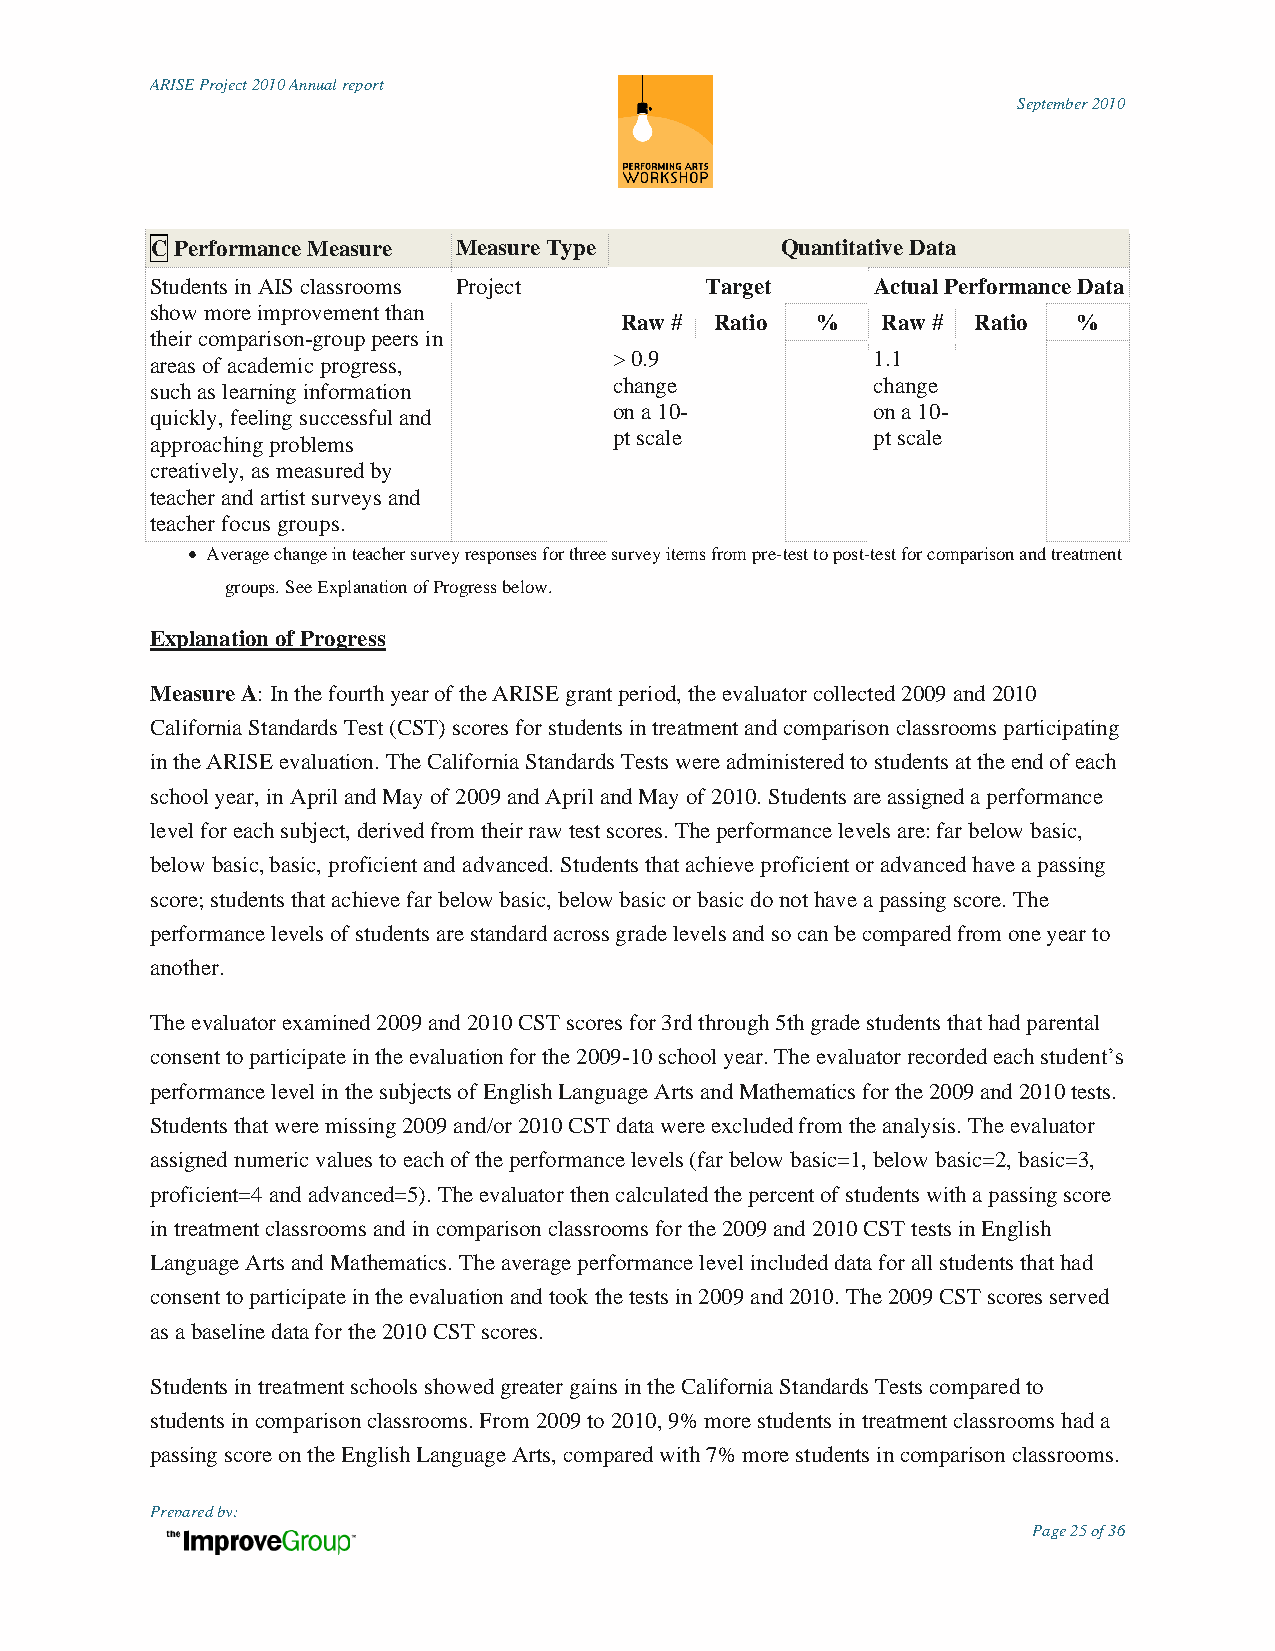
ARISE Project 2010 Annual report
 September 2010
 C Performance Measure Measure Type        Quantitative Data
 Students in AIS classrooms Project   Target     Actual Performance Data
 show more improvement than
 Raw # Ratio  %   Raw #  Ratio %
 their comparison-group peers in
 > 0.9            1.1
 areas of academic progress,
 such as learning information   change           change
 on a 10-         on a 10-
 quickly, feeling successful and
 pt scale         pt scale
 approaching problems
 creatively, as measured by
 teacher and artist surveys and
 teacher focus groups.
  Average change in teacher survey responses for three survey items from pre-test to post-test for comparison and treatment
 groups. See Explanation of Progress below.
 Explanation of Progress
 Measure A: In the fourth year of the ARISE grant period, the evaluator collected 2009 and 2010
 California Standards Test (CST) scores for students in treatment and comparison classrooms participating
 in the ARISE evaluation. The California Standards Tests were administered to students at the end of each
 school year, in April and May of 2009 and April and May of 2010. Students are assigned a performance
 level for each subject, derived from their raw test scores. The performance levels are: far below basic,
 below basic, basic, proficient and advanced. Students that achieve proficient or advanced have a passing
 score; students that achieve far below basic, below basic or basic do not have a passing score. The
 performance levels of students are standard across grade levels and so can be compared from one year to
 another.
 The evaluator examined 2009 and 2010 CST scores for 3rd through 5th grade students that had parental
 consent to participate in the evaluation for the 2009-10 school year. The evaluator recorded each student‟s
 performance level in the subjects of English Language Arts and Mathematics for the 2009 and 2010 tests.
 Students that were missing 2009 and/or 2010 CST data were excluded from the analysis. The evaluator
 assigned numeric values to each of the performance levels (far below basic=1, below basic=2, basic=3,
 proficient=4 and advanced=5). The evaluator then calculated the percent of students with a passing score
 in treatment classrooms and in comparison classrooms for the 2009 and 2010 CST tests in English
 Language Arts and Mathematics. The average performance level included data for all students that had
 consent to participate in the evaluation and took the tests in 2009 and 2010. The 2009 CST scores served
 as a baseline data for the 2010 CST scores.
 Students in treatment schools showed greater gains in the California Standards Tests compared to
 students in comparison classrooms. From 2009 to 2010, 9% more students in treatment classrooms had a
 passing score on the English Language Arts, compared with 7% more students in comparison classrooms.
 Prepared by:
 Page 25 of 36